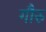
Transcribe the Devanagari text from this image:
गौरु